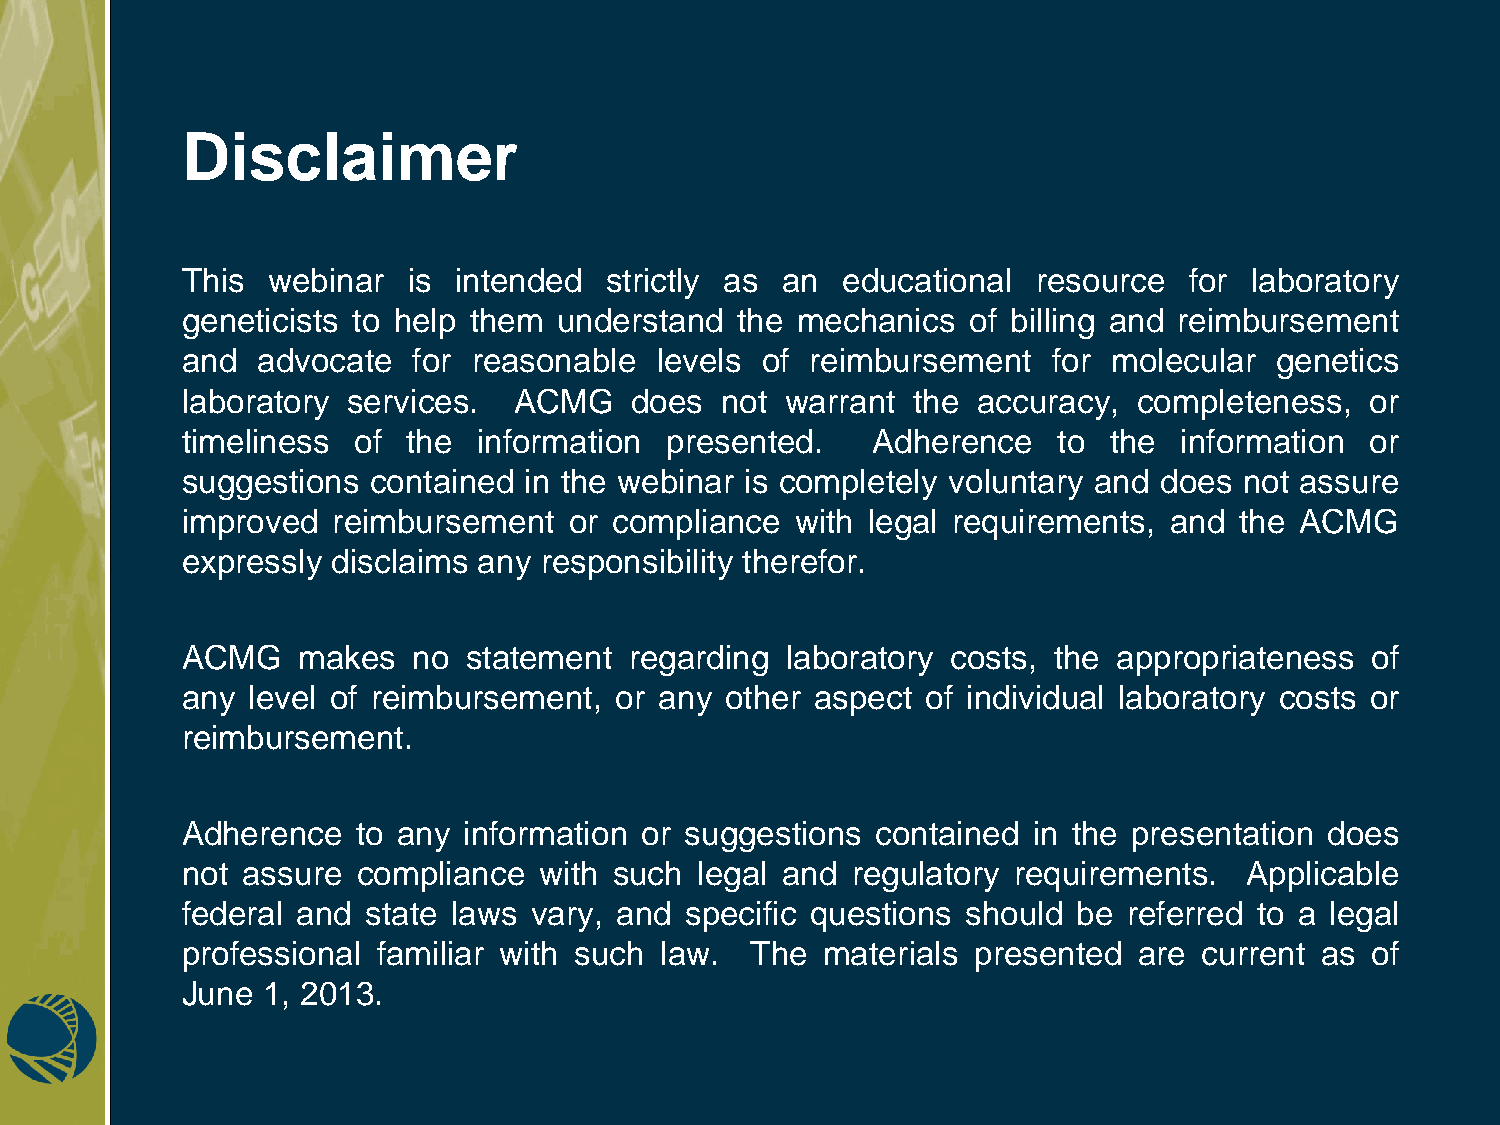
Disclaimer
 This  webinar  is intended  strictly as an  educational  resource  for laboratory
 geneticists to help them understand  the mechanics  of billing and reimbursement
 and  advocate  for reasonable  levels of  reimbursement   for molecular genetics
 laboratory services.  ACMG    does  not warrant the  accuracy, completeness,   or
 timeliness of  the  information presented.    Adherence   to the  information  or
 suggestions contained  in the webinar is completely voluntary and does not assure
 improved  reimbursement   or compliance  with legal requirements, and the ACMG
 expressly disclaims any responsibility therefor.
 ACMG    makes  no  statement  regarding laboratory costs, the appropriateness  of
 any level of reimbursement,  or any other aspect of individual laboratory costs or
 reimbursement.
 Adherence   to any information or suggestions contained in the presentation does
 not assure  compliance  with such legal and regulatory requirements.   Applicable
 federal and state laws vary, and specific questions should be  referred to a legal
 professional familiar with such law.  The materials presented  are  current as of
 June 1, 2013.